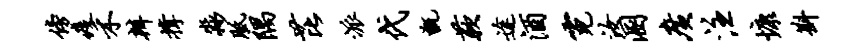
傍疫禾辨撑淼胝隅芘派代甑蔌途酒霓汝溷广注慷斟